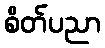
စိတ်ပညာ